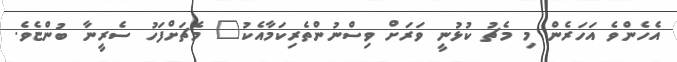
އެހެންވެ އަހަރެން މި މެޗު ކުޅުނީ ވަރަށް ވިސްނުންތެރިކަމާއެކު" މެޗަށްފަހު ސެރީނާ ބުންޏެވެ.